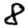
Digit: 8